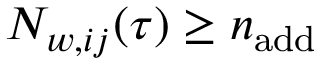
N _ { w , i j } ( \tau ) \ge n _ { \mathrm { a d d } }